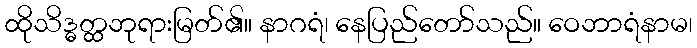
ထိုသိဒ္ဓတ္ထဘုရားမြတ်၏။ နာဂရံ၊ နေပြည်တော်သည်။ ဝေဘာရံနာမ၊